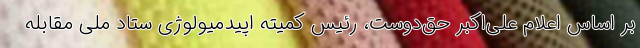
بر اساس اعلام علی‌اکبر حق‌دوست، رئیس کمیته اپیدمیولوژی ستاد ملی مقابله